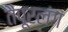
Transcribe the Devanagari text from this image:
तैपूरलंग